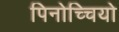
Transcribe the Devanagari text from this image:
पिनोच्चियो